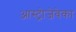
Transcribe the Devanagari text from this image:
आस्ट्रोजेवेका